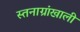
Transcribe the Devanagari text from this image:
स्तनाग्रांखाली